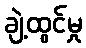
ချဲ့ထွင်မှု